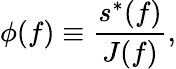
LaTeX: \phi(f)\equiv\frac{s^{*}(f)}{J(f)},